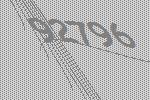
92796